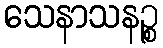
သေနာသနဉ္စ